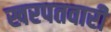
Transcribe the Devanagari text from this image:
खरपतवारी